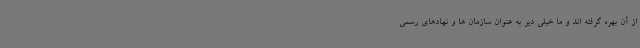
از آن بهره گرفته اند و ما خیلی دیر به عنوان سازمان ها و نهادهای رسمی